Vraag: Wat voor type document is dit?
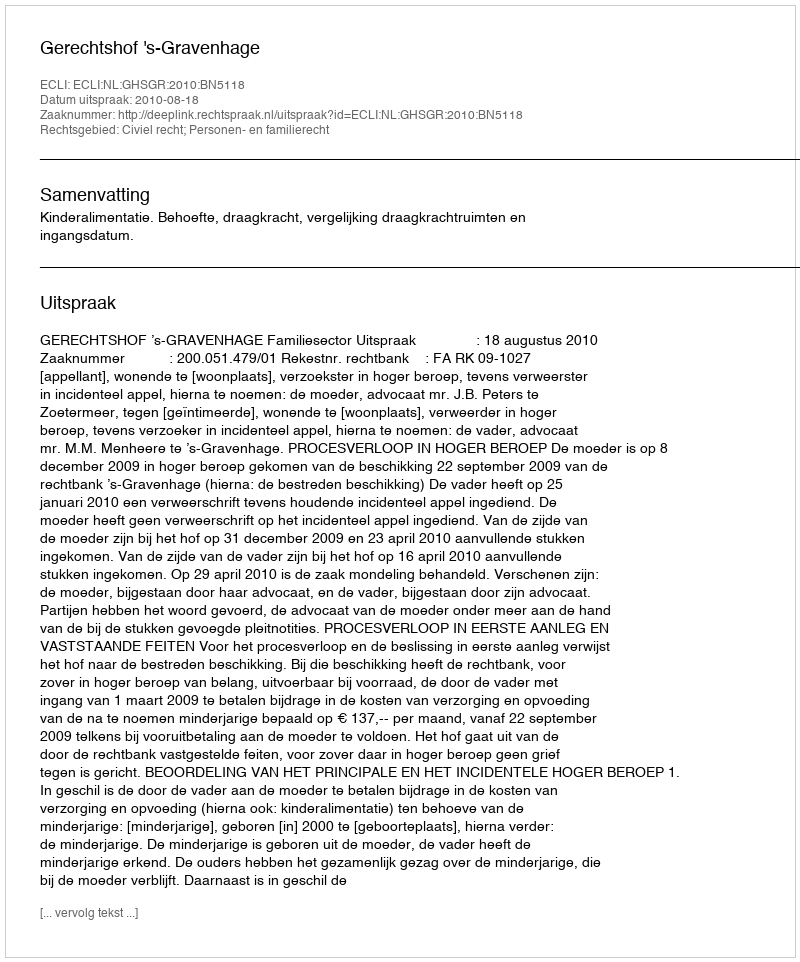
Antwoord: Uitspraak